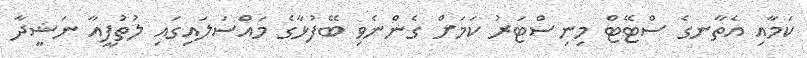
ކަމާއި އެތާނގެ ސްޓޭޓް މިނިސްޓަރު ކަމަށް ގެންނެވި ބޭފުޅާގެ މައްސަލައިގައި ލުތުފީއާ ނަޝީދާ